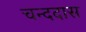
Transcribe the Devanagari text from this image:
चन्ददास